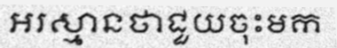
អរស្មានថាជួយចុះមក